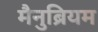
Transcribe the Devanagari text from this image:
मैनुब्रियम